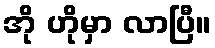
အို ဟိုမှာ လာပြီ။